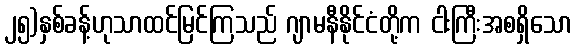
၂၅)နှစ်ခန့်ဟုသာထင်မြင်ကြသည် ဂျာမနီနိုင်ငံတို့က ငါးကြီးအစရှိသော